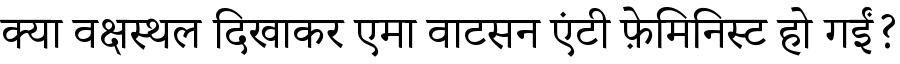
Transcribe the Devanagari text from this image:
क्या वक्षस्थल दिखाकर एमा वाटसन एंटी फ़ेमिनिस्ट हो गईं?